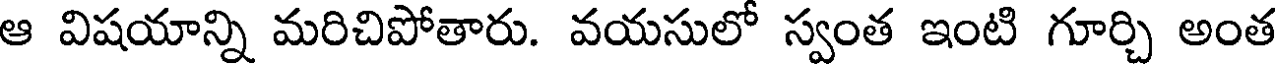
ఆ విషయాన్ని మరిచిపోతారు. వయసులో స్వంత ఇంటి గూర్చి అంత